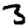
Digit: 3